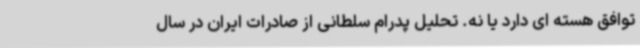
توافق هسته ای دارد یا نه. تحلیل پدرام سلطانی از صادرات ایران در سال